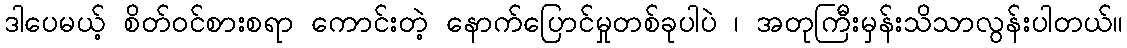
ဒါပေမယ့် စိတ်ဝင်စားစရာ ကောင်းတဲ့ နောက်ပြောင်မှုတစ်ခုပါပဲ ၊ အတုကြီးမှန်းသိသာလွန်းပါတယ်။